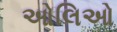
ઓલિઓ